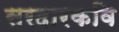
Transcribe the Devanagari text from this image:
सरदारकवि